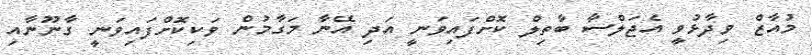
މުއާޒް ވިދާޅުވީ އެޖަލްސާ ބާތިލް ކޮށްފައިވަނީ އަދި އޭނާ މަގާމުން ވަކިކޮށްފައިވަނީ ގާނޫނާއި